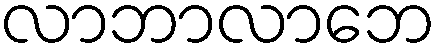
လာဘာလာဘေ